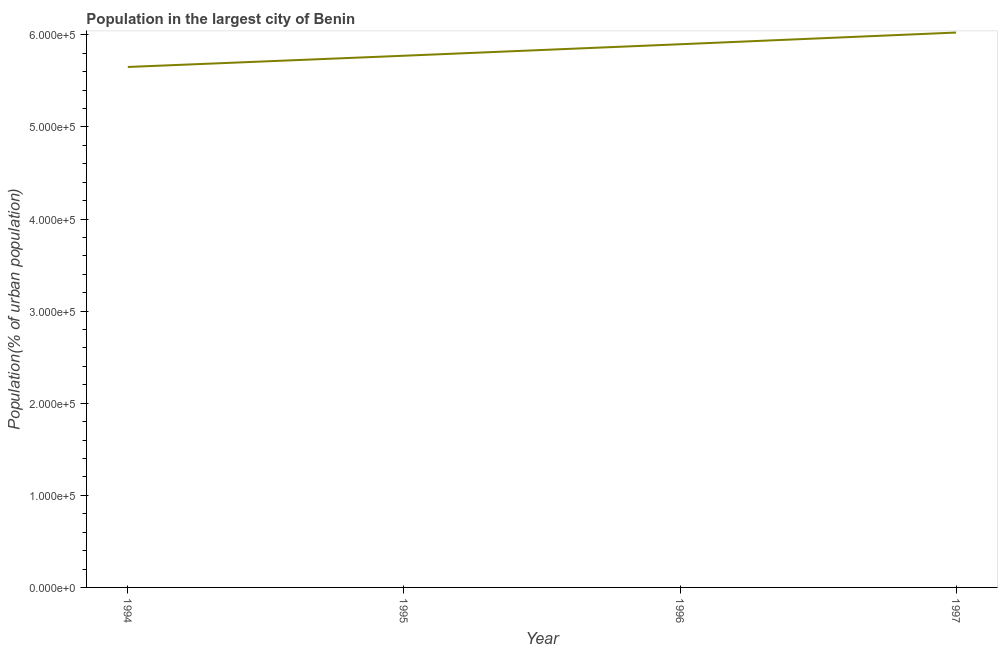
| Year | Population in largest city |
 | --- | --- |
 | 1994 | 5.65e+05 |
 | 1995 | 5.77e+05 |
 | 1996 | 5.9e+05 |
 | 1997 | 6.03e+05 |